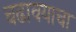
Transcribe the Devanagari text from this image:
चढावयाचा